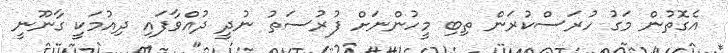
އެގޮތުން މަގު ހުރަސްކުރަން ތިބި މީހުންނަށް ފުރުސަތު ނުދީ ދުއްވާފައި ދިއުމަކީ ގާނޫނީ